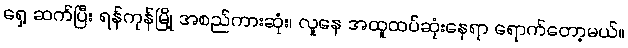
ရှေ့ ဆက်ပြီး ရန်ကုန်မြို့ အစည်ကားဆုံး၊ လူနေ အထူထပ်ဆုံးနေရာ ရောက်တော့မယ်။